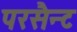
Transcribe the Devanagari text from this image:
परसैन्ट